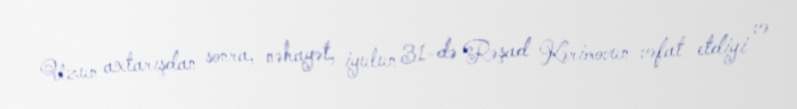
Uzun axtarışdan sonra, nəhayət, iyulun 31-də Rəşad Kərimovun vəfat etdiyi və